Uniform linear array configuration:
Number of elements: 24
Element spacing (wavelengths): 0.25
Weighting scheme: cosine
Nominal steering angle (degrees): -45
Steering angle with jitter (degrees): -44.485
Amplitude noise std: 0.05
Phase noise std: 0.05

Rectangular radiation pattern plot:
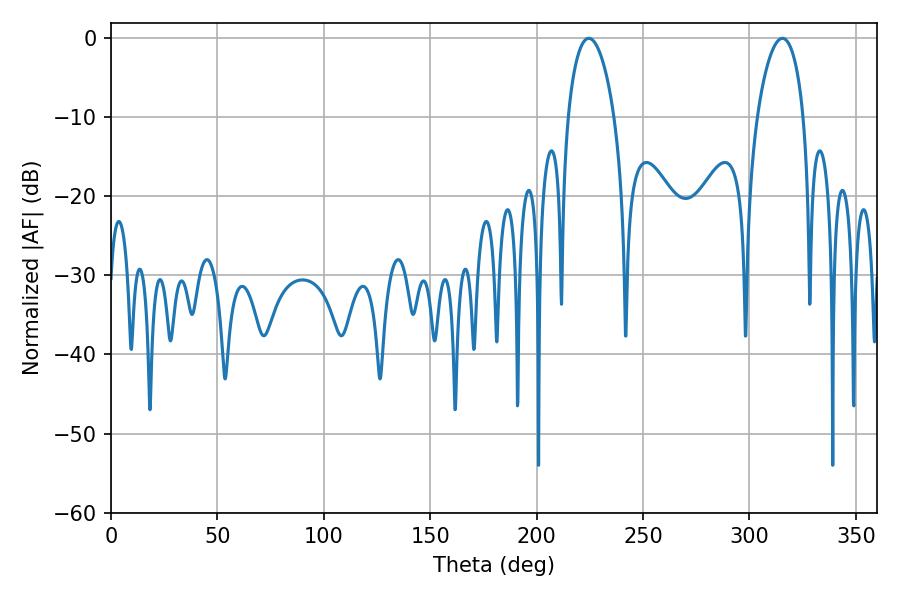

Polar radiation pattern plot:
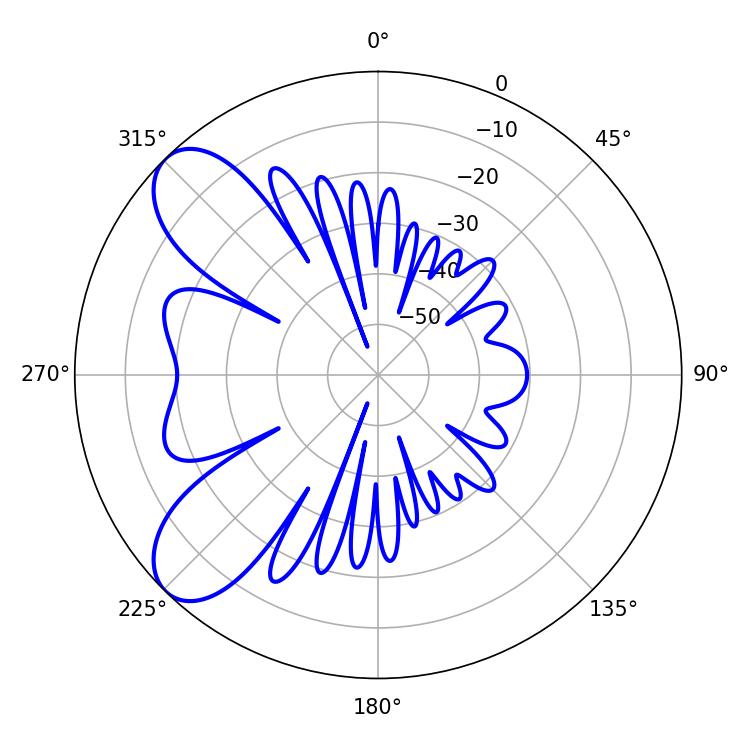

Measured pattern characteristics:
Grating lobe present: FALSE
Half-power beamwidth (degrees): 12.42
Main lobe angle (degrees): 224.46